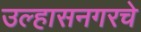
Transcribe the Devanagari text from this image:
उल्हासनगरचे